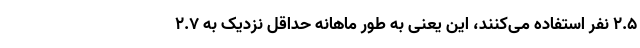
۲.۵ نفر استفاده می‌کنند، این یعنی به طور ماهانه حداقل نزدیک به ۲.۷